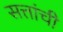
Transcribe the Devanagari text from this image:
सत्तांची